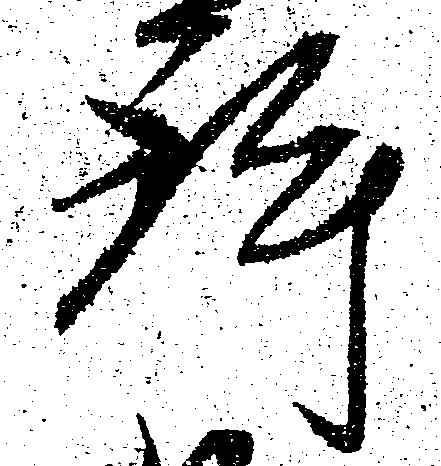
許